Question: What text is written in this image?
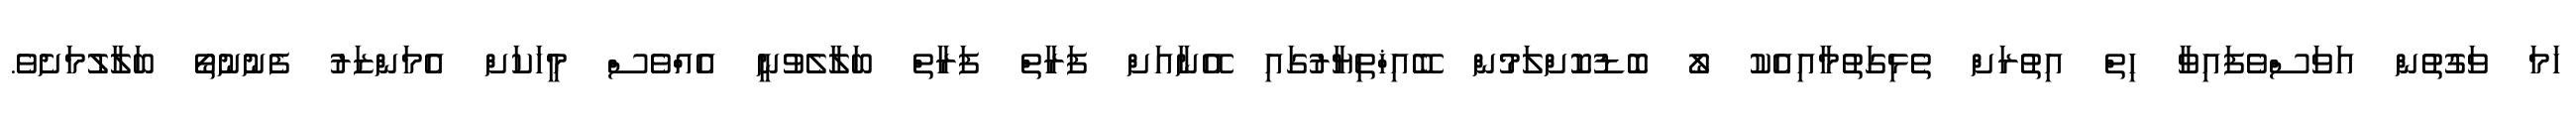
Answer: ހަމަ ވަގުތުން އަވަސްވެފައިވާ ހިތް އިތުރަށް ތެޅިގަތުމާއިއެކު ލޯ ބޮޑުކޮށްލަމުން ބޭއިޚްތިޔާރުގައި އޭނާއަށް ފަރާތް ފަރާތް ބަލާލެވުނީ އެއްވެސް މީހަކަށް އެމަންޒަރު ފެނުނުތޯ ބަލާލުމަށެވެ.